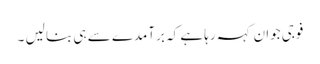
فوجی جوان کہہ رہا ہے کہ برآمدے سے ہی بنا لیں ۔